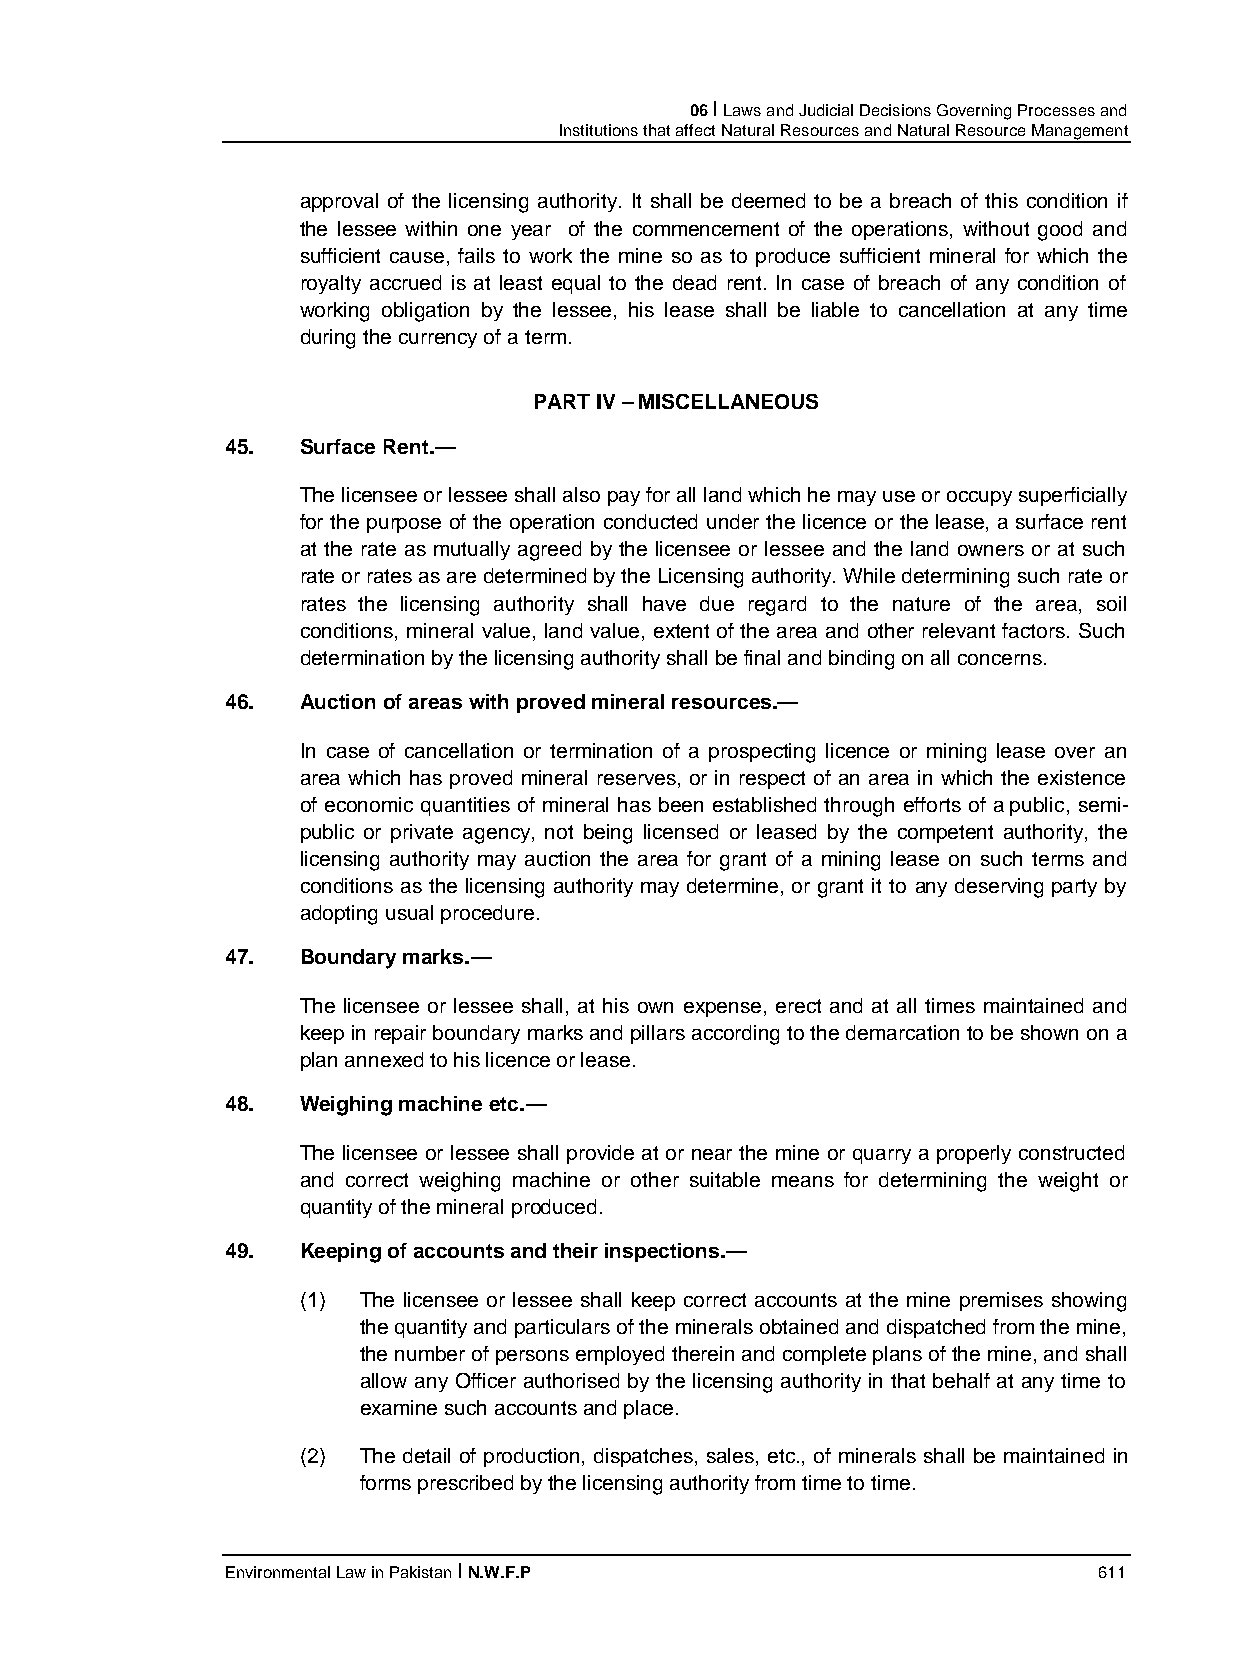
06 I Laws and Judicial Decisions Governing Processes and
 Institutions that affect Natural Resources and Natural Resource Management
 approval of the licensing authority. It shall be deemed to be a breach of this condition if
 the lessee within one year of the commencement of the operations, without good and
 sufficient cause, fails to work the mine so as to produce sufficient mineral for which the
 royalty accrued is at least equal to the dead rent. In case of breach of any condition of
 working obligation by the lessee, his lease shall be liable to cancellation at any time
 during the currency of a term.
 PART IV – MISCELLANEOUS
 45.  Surface Rent.—
 The licensee or lessee shall also pay for all land which he may use or occupy superficially
 for the purpose of the operation conducted under the licence or the lease, a surface rent
 at the rate as mutually agreed by the licensee or lessee and the land owners or at such
 rate or rates as are determined by the Licensing authority. While determining such rate or
 rates the licensing authority shall have due regard to the nature of the area, soil
 conditions, mineral value, land value, extent of the area and other relevant factors. Such
 determination by the licensing authority shall be final and binding on all concerns.
 46.  Auction of areas with proved mineral resources.—
 In case of cancellation or termination of a prospecting licence or mining lease over an
 area which has proved mineral reserves, or in respect of an area in which the existence
 of economic quantities of mineral has been established through efforts of a public, semi-
 public or private agency, not being licensed or leased by the competent authority, the
 licensing authority may auction the area for grant of a mining lease on such terms and
 conditions as the licensing authority may determine, or grant it to any deserving party by
 adopting usual procedure.
 47.  Boundary marks.—
 The licensee or lessee shall, at his own expense, erect and at all times maintained and
 keep in repair boundary marks and pillars according to the demarcation to be shown on a
 plan annexed to his licence or lease.
 48.  Weighing machine etc.—
 The licensee or lessee shall provide at or near the mine or quarry a properly constructed
 and correct weighing machine or other suitable means for determining the weight or
 quantity of the mineral produced.
 49.  Keeping of accounts and their inspections.—
 (1) The licensee or lessee shall keep correct accounts at the mine premises showing
 the quantity and particulars of the minerals obtained and dispatched from the mine,
 the number of persons employed therein and complete plans of the mine, and shall
 allow any Officer authorised by the licensing authority in that behalf at any time to
 examine such accounts and place.
 (2) The detail of production, dispatches, sales, etc., of minerals shall be maintained in
 forms prescribed by the licensing authority from time to time.
 Environmental Law in Pakistan I N.W.F.P                   611